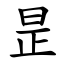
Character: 昰